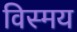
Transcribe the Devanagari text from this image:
विस्‍मय